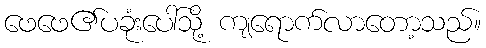
ဖေဖေ၏ပခုံးပေါ်သို့ ကျရောက်လာတော့သည်။